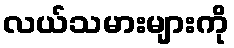
လယ်သမားများကို